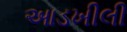
આડખીલી